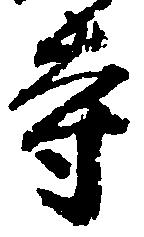
寺